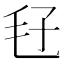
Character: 𣬥